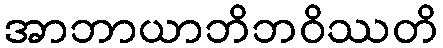
အာဘာယာဘိဘဝိဿတိ